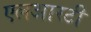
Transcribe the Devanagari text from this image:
एलआरटी